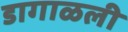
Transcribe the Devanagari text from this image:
डागाळली